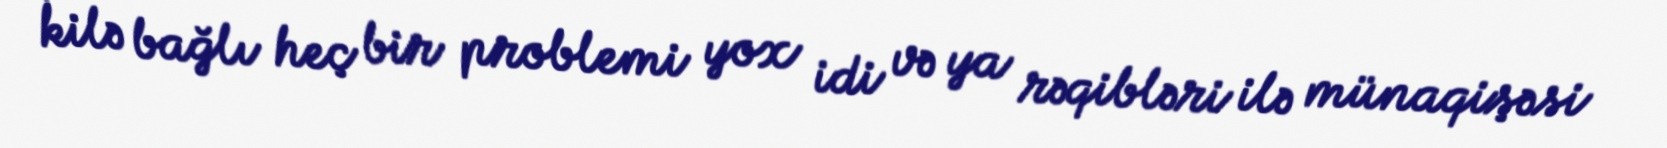
kilə bağlı heç bir problemi yox idi və ya rəqibləri ilə münaqişəsi